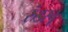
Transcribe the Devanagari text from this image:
रुंडस्चू